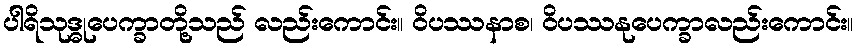
ပါရိသုဒ္ဓုပေက္ခာတို့သည် လည်းကောင်း။ ဝိပဿနာစ၊ ဝိပဿနုပေက္ခာလည်းကောင်း။